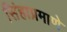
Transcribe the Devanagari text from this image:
सिंहाप्रमाणे